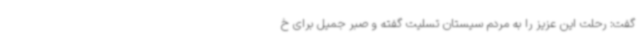
گفت: رحلت این عزیز را به مردم سیستان تسلیت گفته و صبر جمیل برای خ